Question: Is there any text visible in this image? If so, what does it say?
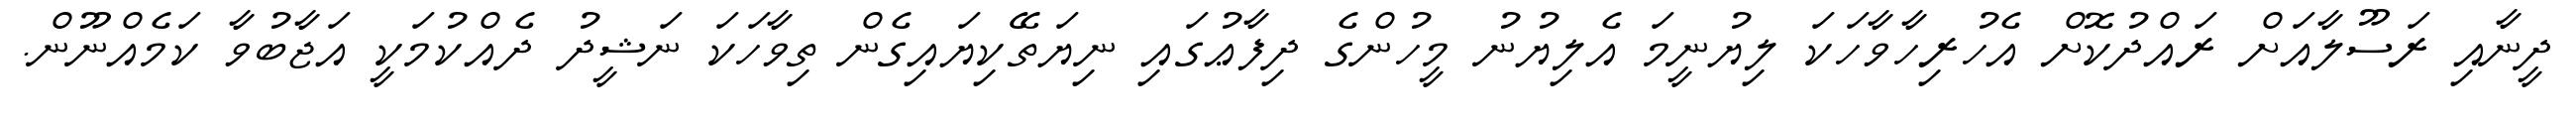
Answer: ދީނާއި ރަސޫލާއަށް ރައްދުކޮށް އެހުރިހާވާހަކަ ލިޔުނީމަ އެލިޔުނު މީހުންގެ ދިފާޢުގައި ނިޔަތޭކިޔައިގެން ތިވާހަކަ ނަޝީދު ދެއްކުމަކީ އަޖާބުވާ ކަމެއްނޫން.